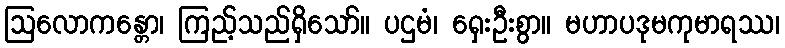
ဩလောကန္တော၊ ကြည့်သည်ရှိသော်။ ပဌမံ၊ ရှေးဦးစွာ။ မဟာပဒုမကုမာရဿ၊